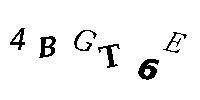
4BGT6E